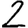
Digit: 2